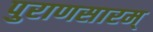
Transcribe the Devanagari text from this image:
पुराणसारम्